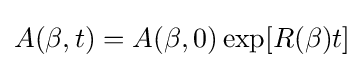
A(\beta ,t)=A(\beta ,0)\exp[R(\beta )t]